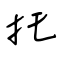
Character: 托